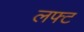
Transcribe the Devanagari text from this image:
लफ्ट